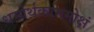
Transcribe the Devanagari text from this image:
धर्मार्थकाममोक्षं